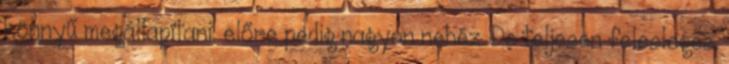
könnyű megállapítani, előre pedig nagyon nehéz. De teljesen felesleges.